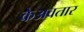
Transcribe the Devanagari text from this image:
केअवतार